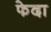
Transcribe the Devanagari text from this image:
फेदा